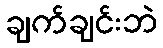
ချက်ချင်းဘဲ